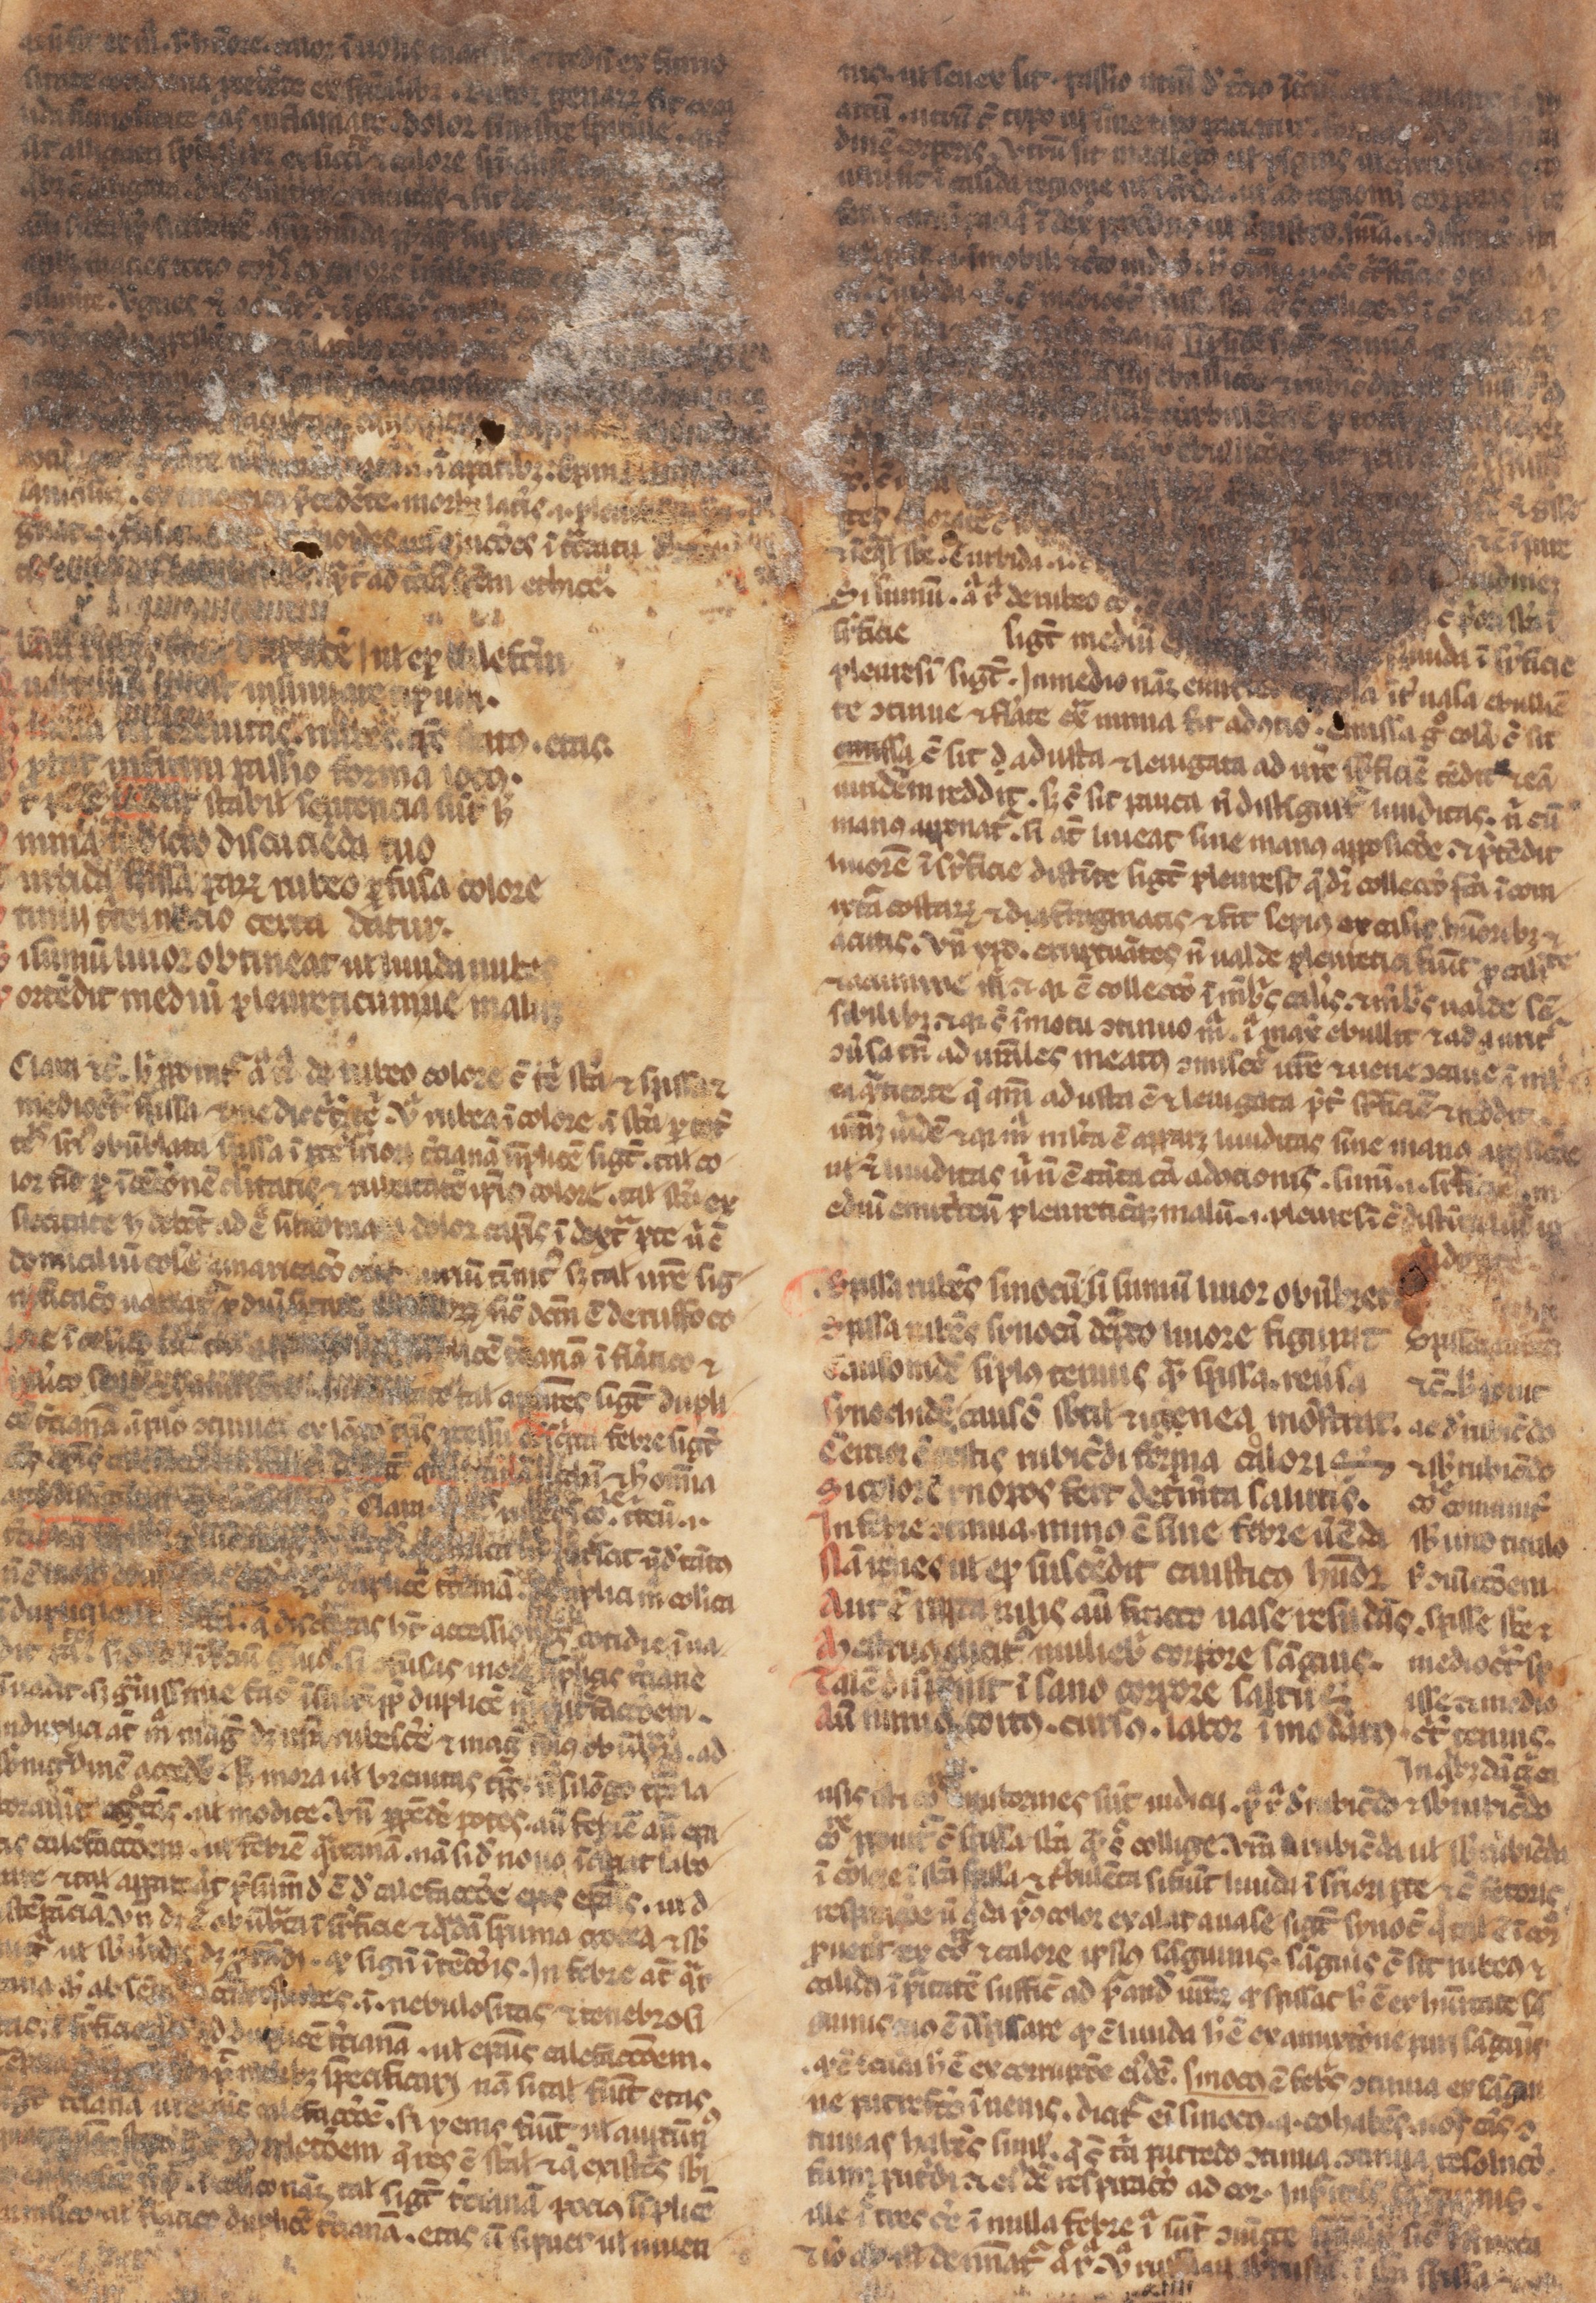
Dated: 1338–1338